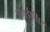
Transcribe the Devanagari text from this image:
एनईपीए